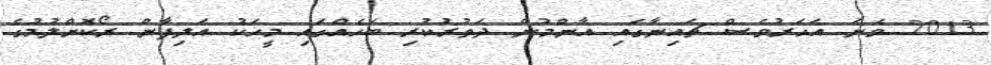
2013 ވަނަ އަހަރުވެސް ޗައިނާގައި އާންމުން ދަތުރުކުރި ބަހެއްގައި މީހަކު އަލިފާން ރޯކޮށްލުމުގެ